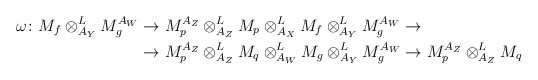
\begin{align*} \begin{aligned}\omega \colon M_f \otimes^L_{A_Y}M_g^{A_W} &\to M_p^{A_Z} \otimes^L_{A_Z} M_p\otimes^L_{A_X}M_f \otimes^L_{A_Y}M_g^{A_W}\to \\ &\to M_p^{A_Z} \otimes^L_{A_Z}M_q\otimes^L_{A_W}M_g\otimes^L_{A_Y}M_g^{A_W}\to M_p^{A_Z} \otimes^L_{A_Z}M_q\end{aligned}\end{align*}